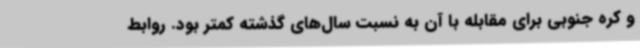
و کره جنوبی برای مقابله با آن به نسبت سال‌های گذشته کمتر بود. روابط